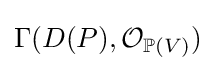
\Gamma (D(P),{\mathcal {O}}_{\mathbb {P} (V)})